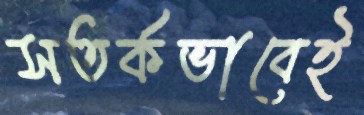
সতর্কভাবেই